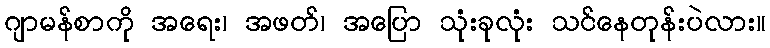
ဂျာမန်စာကို အရေး၊ အဖတ်၊ အပြော သုံးခုလုံး သင်နေတုန်းပဲလား။